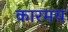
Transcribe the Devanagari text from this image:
कारमय